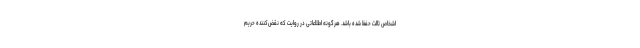
اشخاص ثالث حفظ شده باشد. هرگونه اطلاعاتی در روایت که نقض‌کننده حریم